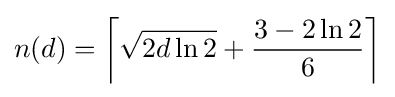
n(d)=\left\lceil {\sqrt {2d\ln 2}}+{\frac {3-2\ln 2}{6}}\right\rceil